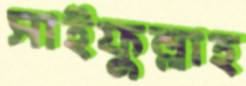
সাইফুল্লাহ